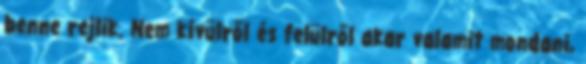
benne rejlik. Nem kívülről és felülről akar valamit mondani,